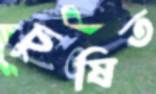
চুষিত